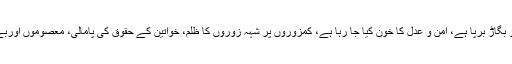
آج قومی اوربین الاقوامی سطح پر پوری دنیا میں فساد و بگاڑ برپا ہے، امن و عدل کا خون کیا جا رہا ہے، کمزوروں پر شہہ زوروں کا ظلم، خواتین کے حقوق کی پامالی، معصوموں اوربے گناہ لوگوں کو سلاخوں کے پیچھے ڈالا جانا عام ہے۔